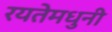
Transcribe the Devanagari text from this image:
रयतेमधुनी